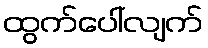
ထွက်ပေါ်လျက်